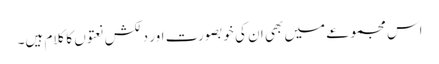
اس مجموعے میں بھی ان کی خوبصورت اور دلکش نعتوں کا کلام ہیں۔